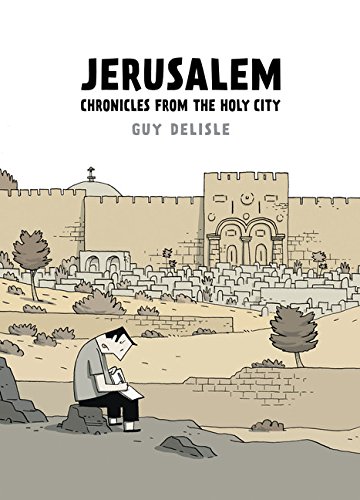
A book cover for Jerusalem: Chronicles from the Holy City; Guy Delisle; Comics & Graphic Novels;